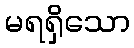
မရရှိသော